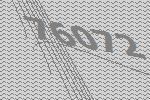
76072